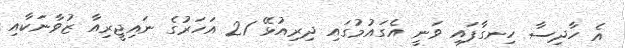
އެ ހާދިސާ ހިނގާފައި ވަނީ އެގައުމުގައި ދިރިއުޅޭ 21 އަހަރުގެ ނައިޖީރިއާ ޒުވާނަކާއި